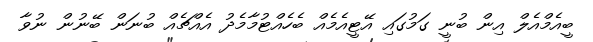
ބީއެމްއެލް އިން ބުނީ ގަމުގައި އޭޓީއެމެއް ބެހެއްޓުމާމެދު އެއްޗެއް ބުނަން ބޭނުން ނުވާ